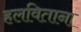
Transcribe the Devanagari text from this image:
हलविताना